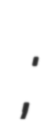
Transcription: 그들이 사는 세상;